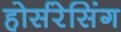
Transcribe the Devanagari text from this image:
होर्सरेसिंग